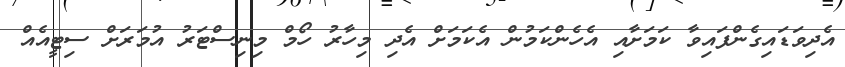
އެދިވަޑައިގެންފައިވާ ކަމަށާއި އެހެންކަމުން އެކަމަށް އެދި މިހާރު ހޯމް މިނިސްޓަރު އުމަރަށް ސިޓީއެއް